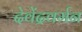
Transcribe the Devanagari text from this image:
देवेंद्रवर्मन